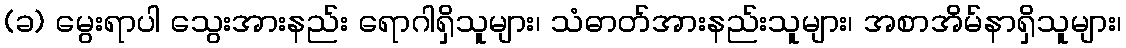
(ခ) မွေးရာပါ သွေးအားနည်း ရောဂါရှိသူများ၊ သံဓာတ်အားနည်းသူများ၊ အစာအိမ်နာရှိသူများ၊